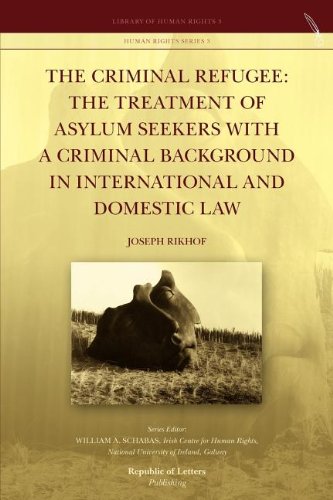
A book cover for The Criminal Refugee: the Treatment of Asylum Seekers with a Criminal Background in International and Domestic Law; Joseph Rikhof; Law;